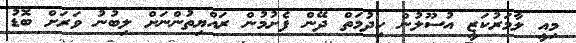
މިއީ ލާމަރުކަޒީ އުސޫލުން ހިދުމަތް ދޭން ފެށުމުން ރައްޔިތުންނަށް ލިބުނު ވަރަށް ބޮޑު